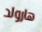
هارولد